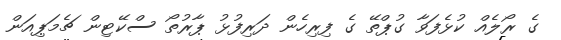
ގެ ރޯލެއް ކުޅެފަވާ ގުޕްތޭ ގެ ފިރިހެން ދަރިފުޅު ޕާރުތޯ ސްކޭޓިން ޗެމަޕިއަން